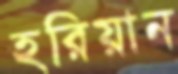
হরিয়ান